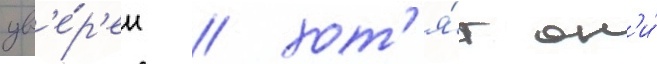
ув'е́р'ен / хот'я́т он'и́